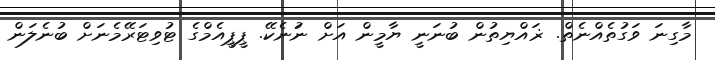
މާގިނަ ވަގުތެއްނެތް. ޜައްޔިތުން ބުނަނީ ޔާމީން އަށް ނަުނެކޭ. ޕީޕީއެމްގެ ޓުވިޓަރޭމެނަށް ބުނެލަން